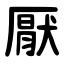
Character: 厭